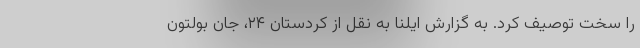
را سخت توصیف کرد. به گزارش ایلنا به نقل از کردستان ۲۴، جان بولتون